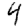
Digit: 4